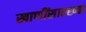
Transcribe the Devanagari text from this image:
खाणींसारख्या